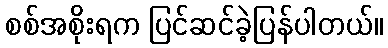
စစ်အစိုးရက ပြင်ဆင်ခဲ့ပြန်ပါတယ်။